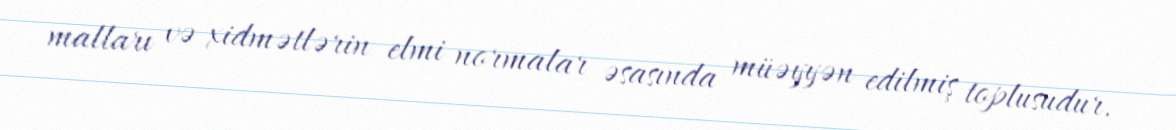
malları və xidmətlərin elmi normalar əsasında müəyyən edilmiş toplusudur.